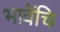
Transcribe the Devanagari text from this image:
भावेंचि